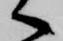
へ